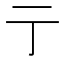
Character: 亍